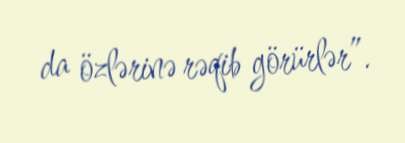
da özlərinə rəqib görürlər”.